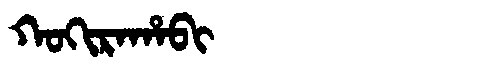
Manchu: ᡴᠣᡴᡳᡵᠠᡥᠠᠪᡳ
Romanization: KOKIRAHABI